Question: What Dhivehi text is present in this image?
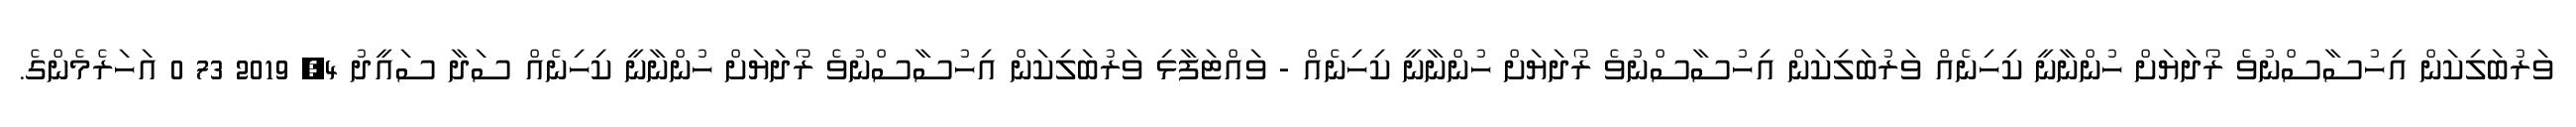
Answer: ވަރުބަލިކަން އިހުސާސްނުވެ ރޯދަޔަށް ހުންނާނީ ކިހިނެއް ވަރުބަލިކަން އިހުސާސްނުވެ ރޯދަޔަށް ހުންނާނީ ކިހިނެއް - ވައްޓަފާޅި ވަރުބަލިކަން އިހުސާސްނުވެ ރޯދަޔަށް ހުންނާނީ ކިހިނެއް ސަދާ ސައީދު 4, 2019 73 0 އަހަރެމެންގެ.